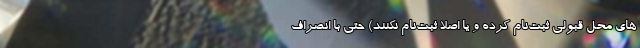
های محل قبولی ثبت‌نام کرده و یا اصلاً ثبت‌نام نکنند) حتی با انصراف